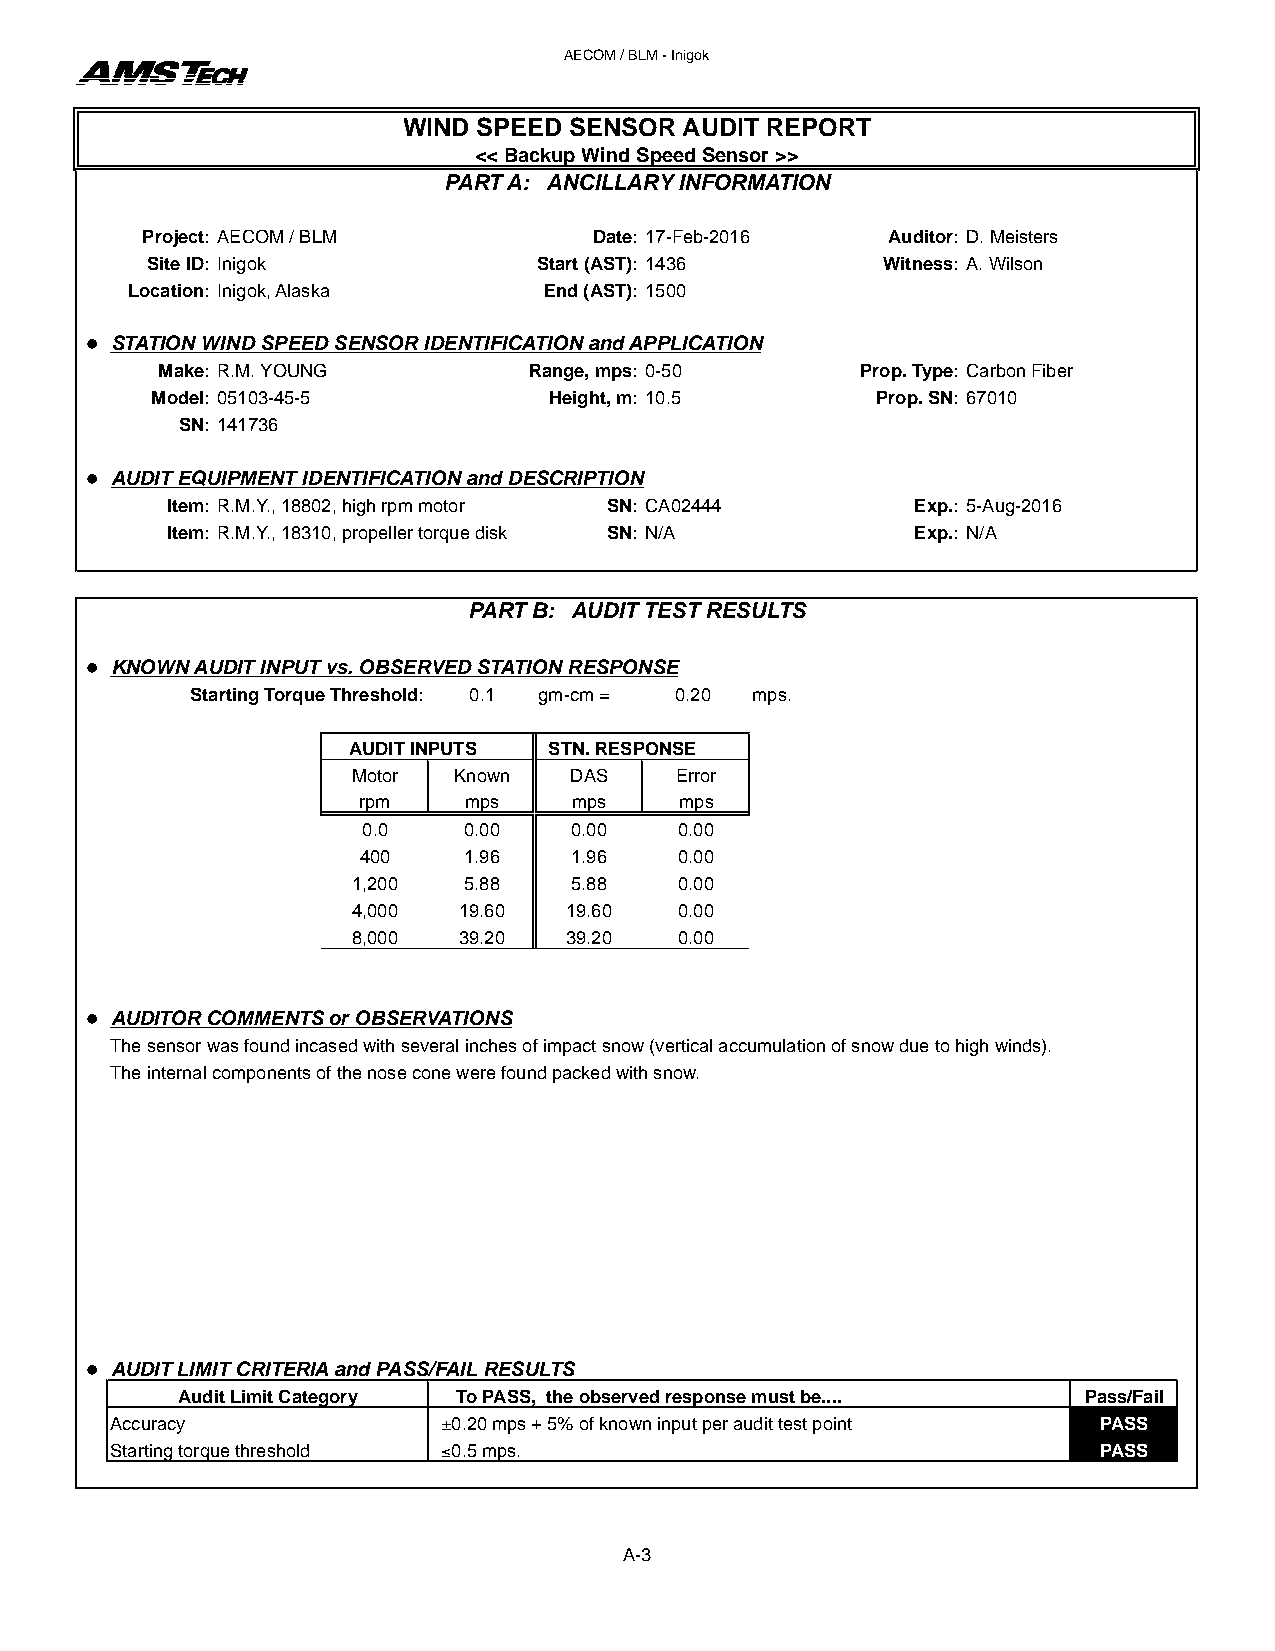
AECOM / BLM - Inigok
 WIND SPEED SENSOR AUDIT REPORT
 << Backup Wind Speed Sensor >>
 PART A: ANCILLARY INFORMATION
 Project: AECOM / BLM          Date: 17-Feb-2016   Auditor: D. Meisters
 Site ID: Inigok           Start (AST): 1436     Witness: A. Wilson
 Location: Inigok, Alaska    End (AST): 1500
 l STATION WIND SPEED SENSOR IDENTIFICATION and APPLICATION
 Make: R.M. YOUNG         Range, mps: 0-50      Prop. Type: Carbon Fiber
 Model: 05103-45-5         Height, m: 10.5       Prop. SN: 67010
 SN: 141736
 l AUDIT EQUIPMENT IDENTIFICATION and DESCRIPTION
 Item: R.M.Y., 18802, high rpm motor SN: CA02444   Exp.: 5-Aug-2016
 Item: R.M.Y., 18310, propeller torque disk SN: N/A Exp.: N/A
 PART B: AUDIT TEST RESULTS
 l KNOWN AUDIT INPUT vs. OBSERVED STATION RESPONSE
 Starting Torque Threshold: 0.1 gm-cm = 0.20 mps.
 AUDIT INPUTS STN. RESPONSE
 Motor  Known   DAS    Error
 rpm    mps    mps    mps
 0.0    0.00   0.00   0.00
 400    1.96   1.96   0.00
 1,200   5.88   5.88   0.00
 4,000  19.60  19.60   0.00
 8,000  39.20  39.20   0.00
 l AUDITOR COMMENTS or OBSERVATIONS
 The sensor was found incased with several inches of impact snow (vertical accumulation of snow due to high winds).
 The internal components of the nose cone were found packed with snow.
 l AUDIT LIMIT CRITERIA and PASS/FAIL RESULTS
 Audit Limit Category To PASS, the observed response must be.... Pass/Fail
 Accuracy              ±0.20 mps + 5% of known input per audit test point PASS
 Starting torque threshold ≤0.5 mps.                               PASS
 A-3